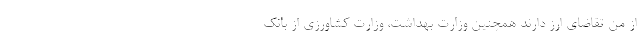
از من تقاضای ارز دارند همچنین وزارت بهداشت، وزارت کشاورزی از بانک